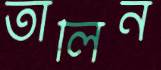
তালিন